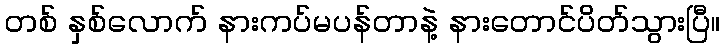
တစ် နှစ်လောက် နားကပ်မပန်တာနဲ့ နားတောင်ပိတ်သွားပြီ။